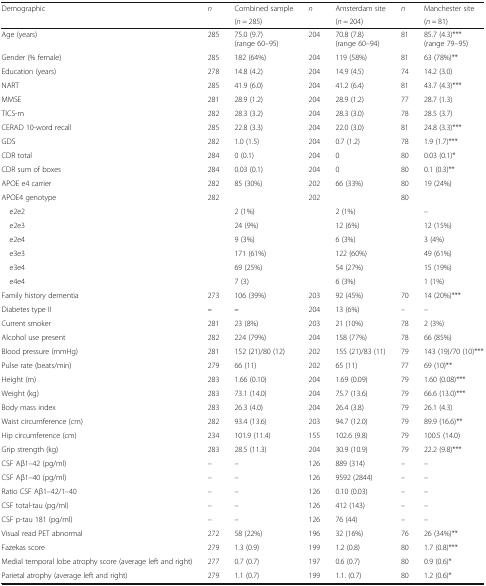
<table><thead><tr><td rowspan="2"><b>Demographic</b></td><td rowspan="2"><b><i>n</i></b></td><td><b>Combined sample</b></td><td rowspan="2"><b><i>n</i></b></td><td><b>Amsterdam site</b></td><td rowspan="2"><b><i>n</i></b></td><td><b>Manchester site</b></td></tr><tr><td><b>(<i>n</i> = 285)</b></td><td><b>(<i>n</i> = 204)</b></td><td><b>(<i>n</i> = 81)</b></td></tr></thead><tbody><tr><td>Age (years)</td><td>285</td><td>75.0 (9.7) (range 60–95)</td><td>204</td><td>70.8 (7.8) (range 60–94)</td><td>81</td><td>85.7 (4.3)*** (range 79–95)</td></tr><tr><td>Gender (% female)</td><td>285</td><td>182 (64%)</td><td>204</td><td>119 (58%)</td><td>81</td><td>63 (78%)**</td></tr><tr><td>Education (years)</td><td>278</td><td>14.8 (4.2)</td><td>204</td><td>14.9 (4.5)</td><td>74</td><td>14.2 (3.0)</td></tr><tr><td>NART</td><td>285</td><td>41.9 (6.0)</td><td>204</td><td>41.2 (6.4)</td><td>81</td><td>43.7 (4.3)***</td></tr><tr><td>MMSE</td><td>281</td><td>28.9 (1.2)</td><td>204</td><td>28.9 (1.2)</td><td>77</td><td>28.7 (1.3)</td></tr><tr><td>TICS-m</td><td>282</td><td>28.3 (3.2)</td><td>204</td><td>28.3 (3.0)</td><td>78</td><td>28.5 (3.7)</td></tr><tr><td>CERAD 10-word recall</td><td>285</td><td>22.8 (3.3)</td><td>204</td><td>22.0 (3.0)</td><td>81</td><td>24.8 (3.3)***</td></tr><tr><td>GDS</td><td>282</td><td>1.0 (1.5)</td><td>204</td><td>0.7 (1.2)</td><td>78</td><td>1.9 (1.7)***</td></tr><tr><td>CDR total</td><td>284</td><td>0 (0.1)</td><td>204</td><td>0</td><td>80</td><td>0.03 (0.1)*</td></tr><tr><td>CDR sum of boxes</td><td>284</td><td>0.03 (0.1)</td><td>204</td><td>0</td><td>80</td><td>0.1 (0.3)**</td></tr><tr><td>APOE e4 carrier</td><td>282</td><td>85 (30%)</td><td>202</td><td>66 (33%)</td><td>80</td><td>19 (24%)</td></tr><tr><td>APOE4 genotype</td><td>282</td><td></td><td>202</td><td></td><td>80</td><td></td></tr><tr><td> e2e2</td><td></td><td>2 (1%)</td><td></td><td>2 (1%)</td><td></td><td>–</td></tr><tr><td> e2e3</td><td></td><td>24 (9%)</td><td></td><td>12 (6%)</td><td></td><td>12 (15%)</td></tr><tr><td> e2e4</td><td></td><td>9 (3%)</td><td></td><td>6 (3%)</td><td></td><td>3 (4%)</td></tr><tr><td> e3e3</td><td></td><td>171 (61%)</td><td></td><td>122 (60%)</td><td></td><td>49 (61%)</td></tr><tr><td> e3e4</td><td></td><td>69 (25%)</td><td></td><td>54 (27%)</td><td></td><td>15 (19%)</td></tr><tr><td> e4e4</td><td></td><td>7 (3)</td><td></td><td>6 (3%)</td><td></td><td>1 (1%)</td></tr><tr><td>Family history dementia</td><td>273</td><td>106 (39%)</td><td>203</td><td>92 (45%)</td><td>70</td><td>14 (20%)***</td></tr><tr><td>Diabetes type II</td><td><b>–</b></td><td><b>–</b></td><td>204</td><td>13 (6%)</td><td><i>–</i></td><td><i>–</i></td></tr><tr><td>Current smoker</td><td>281</td><td>23 (8%)</td><td>203</td><td>21 (10%)</td><td>78</td><td>2 (3%)</td></tr><tr><td>Alcohol use present</td><td>282</td><td>224 (79%)</td><td>204</td><td>158 (77%)</td><td>78</td><td>66 (85%)</td></tr><tr><td>Blood pressure (mmHg)</td><td>281</td><td>152 (21)/80 (12)</td><td>202</td><td>155 (21)/83 (11)</td><td>79</td><td>143 (19)/70 (10)***</td></tr><tr><td>Pulse rate (beats/min)</td><td>279</td><td>66 (11)</td><td>202</td><td>65 (11)</td><td>77</td><td>69 (10)**</td></tr><tr><td>Height (m)</td><td>283</td><td>1.66 (0.10)</td><td>204</td><td>1.69 (0.09)</td><td>79</td><td>1.60 (0.08)***</td></tr><tr><td>Weight (kg)</td><td>283</td><td>73.1 (14.0)</td><td>204</td><td>75.7 (13.6)</td><td>79</td><td>66.6 (13.0)***</td></tr><tr><td>Body mass index</td><td>283</td><td>26.3 (4.0)</td><td>204</td><td>26.4 (3.8)</td><td>79</td><td>26.1 (4.3)</td></tr><tr><td>Waist circumference (cm)</td><td>282</td><td>93.4 (13.6)</td><td>203</td><td>94.7 (12.0)</td><td>79</td><td>89.9 (16.6)**</td></tr><tr><td>Hip circumference (cm)</td><td>234</td><td>101.9 (11.4)</td><td>155</td><td>102.6 (9.8)</td><td>79</td><td>100.5 (14.0)</td></tr><tr><td>Grip strength (kg)</td><td>283</td><td>28.5 (11.3)</td><td>204</td><td>30.9 (10.9)</td><td>79</td><td>22.2 (9.8)***</td></tr><tr><td>CSF Aβ1–42 (pg/ml)</td><td><i>–</i></td><td><i>–</i></td><td>126</td><td>889 (314)</td><td>–</td><td><i>–</i></td></tr><tr><td>CSF Aβ1–40 (pg/ml)</td><td><i>–</i></td><td><i>–</i></td><td>126</td><td>9592 (2844)</td><td>–</td><td><i>–</i></td></tr><tr><td>Ratio CSF Aβ1–42/1–40</td><td><i>–</i></td><td><i>–</i></td><td>126</td><td>0.10 (0.03)</td><td>–</td><td><i>–</i></td></tr><tr><td>CSF total-tau (pg/ml)</td><td>–</td><td>–</td><td>126</td><td>412 (143)</td><td>–</td><td><i>–</i></td></tr><tr><td>CSF p-tau 181 (pg/ml)</td><td>–</td><td>–</td><td>126</td><td>76 (44)</td><td>–</td><td><i>–</i></td></tr><tr><td>Visual read PET abnormal</td><td>272</td><td>58 (22%)</td><td>196</td><td>32 (16%)</td><td>76</td><td>26 (34%)**</td></tr><tr><td>Fazekas score</td><td>279</td><td>1.3 (0.9)</td><td>199</td><td>1.2 (0.8)</td><td>80</td><td>1.7 (0.8)***</td></tr><tr><td>Medial temporal lobe atrophy score (average left and right)</td><td>277</td><td>0.7 (0.7)</td><td>197</td><td>0.6 (0.7)</td><td>80</td><td>0.9 (0.6)*</td></tr><tr><td>Parietal atrophy (average left and right)</td><td>279</td><td>1.1 (0.7)</td><td>199</td><td>1.1. (0.7)</td><td>80</td><td>1.2 (0.6)*</td></tr></tbody></table>